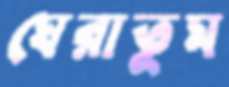
ঘেরাতুম